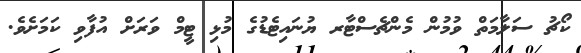
ކޯޗު ސަލާމަތް ވުމުން މެންޗެސްޓާރ ޔުނައިޓެޑުގެ މުޅި ޓީމް ވަރަށް އުފާވި ކަމަށެވެ.